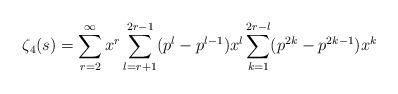
LaTeX: \begin{align*}\zeta_4(s) = \sum_{r=2}^{\infty} x^r \sum_{l=r+1}^{2r-1} (p^l - p^{l-1})x^l \sum_{k=1}^{2r-l} (p^{2k} - p^{2k-1})x^k\end{align*}